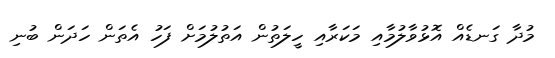
މުދާ ގަނޑެއް އޮޅުވާލުމާއި މަކަރާއި ހީލަތުން އަތުލުމަށް ފަހު އެތަން ހަދަން ބުނި